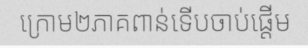
ក្រោម២ភាគពាន់ទើបចាប់ផ្តើម